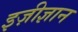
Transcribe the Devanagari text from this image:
इज़ीज्ञान